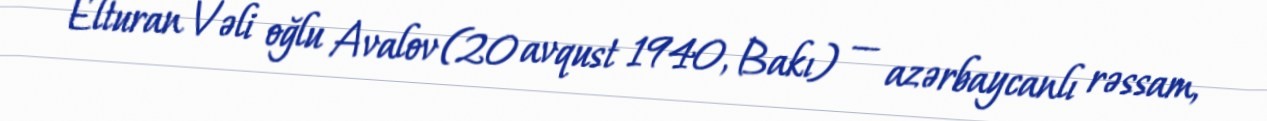
Elturan Vəli oğlu Avalov (20 avqust 1940, Bakı) — azərbaycanlı rəssam,